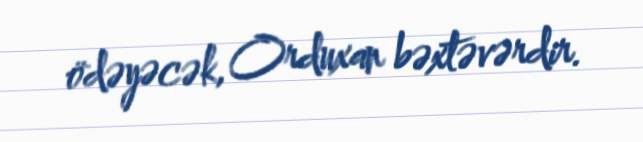
ödəyəcək, Orduxan bəxtəvərdir.